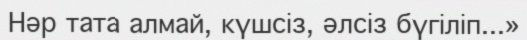
Нәр тата алмай, күшсіз, әлсіз бүгіліп...»